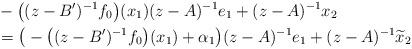
LaTeX: \begin{align*} &-\big((z-B')^{-1}f_0\big)(x_1)(z-A)^{-1}e_1+(z-A)^{-1}x_2\\ &=\big(-\big((z-B')^{-1}f_0\big)(x_1)+\alpha_1\big)(z-A)^{-1}e_1+(z-A)^{-1}\widetilde{x}_2 \end{align*}